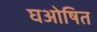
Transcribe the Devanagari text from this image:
घओषित